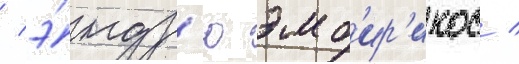
/ э́ндр'ю эмб'ир'икос /